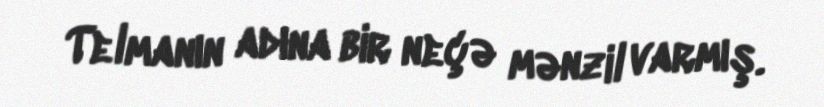
Telmanın adına bir neçə mənzil varmış.